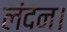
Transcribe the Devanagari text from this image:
लंदन।